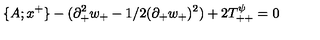
\{ A ; x ^ { + } \} - ( \partial _ { + } ^ { 2 } w _ { + } - 1 / 2 ( \partial _ { + } w _ { + } ) ^ { 2 } ) + 2 T _ { + + } ^ { \psi } = 0